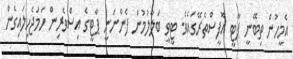
އެމީހުން ތިބޭނީ ޕާޓީ އޮފީސްތެރޭގައެވެ. ޓީވީ ބަލާލުމުން ފެންނަނީ ޕާޓީގެ އިސްވެރިން ހަމަޖެހިލައިގެން